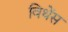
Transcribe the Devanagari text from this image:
विथेंस